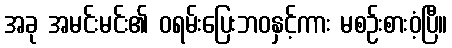
အခု အမင်းမင်း၏ ဝရမ်းပြေးဘဝနှင့်ကား မစဉ်းစားဝံ့ပြီ။